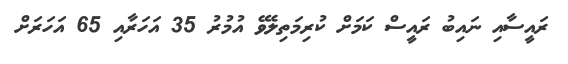
ރައީސާއި ނައިބު ރައީސް ކަމަށް ކުރިމަތިލެވޭ އުމުރު 35 އަހަރާއި 65 އަހަރަށް